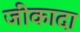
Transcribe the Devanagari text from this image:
जीकादा